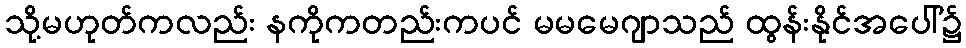
သို့မဟုတ်ကလည်း နကိုကတည်းကပင် မမမေဂျာသည် ထွန်းနိုင်အပေါ်၌